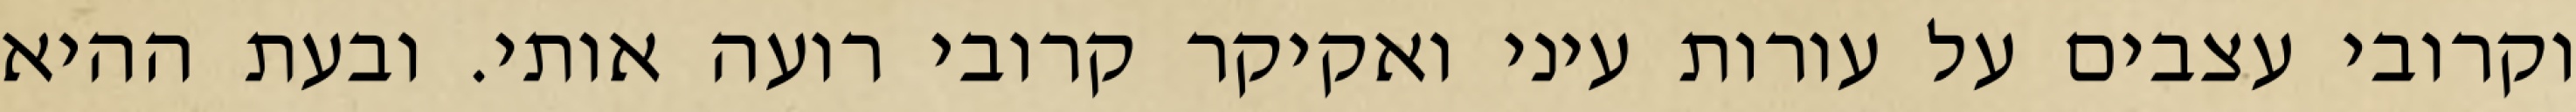
וקרובי עצבים על עורות עיני ואקיקר קרובי רועה אותי. ובעת ההיא